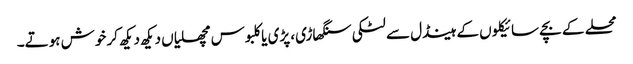
محلے کے بچے سائیکلوں کے ہینڈل سے لٹکی سنگھاڑی، پڑی یا کلبوس مچھلیاں دیکھ دیکھ کر خوش ہوتے۔